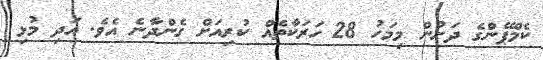
ކެމްޕޭންގެ ދަށުން މިމަހު 28 ހަރަކާތެއް ކުރިއަށް ގެންދާނެ އެވެ. އަދި މުޅި